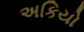
અકિયો